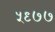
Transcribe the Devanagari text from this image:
५९७७